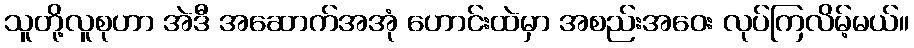
သူတို့လူစုဟာ အဲဒီ အဆောက်အအုံ ဟောင်းထဲမှာ အစည်းအဝေး လုပ်ကြလိမ့်မယ်။